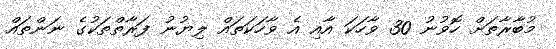
މުބާރާތަށް ހޮވުނު 30 ވާހަކަ އާއި އެ ވާހަކަތައް ލިޔުނު ފަރާތްތަކުގެ ނަންތައް